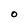
Character: 0